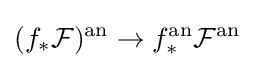
(f_{*}{\mathcal {F}})^{\mathrm {an} }\rightarrow f_{*}^{\mathrm {an} }{\mathcal {F}}^{\mathrm {an} }